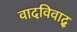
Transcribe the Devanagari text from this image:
वादविवाद्